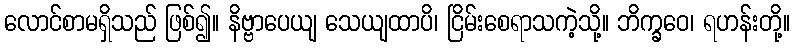
လောင်စာမရှိသည် ဖြစ်၍။ နိဗ္ဗာပေယျ သေယျထာပိ၊ ငြိမ်းစေရာသကဲ့သို့။ ဘိက္ခဝေ၊ ရဟန်းတို့။